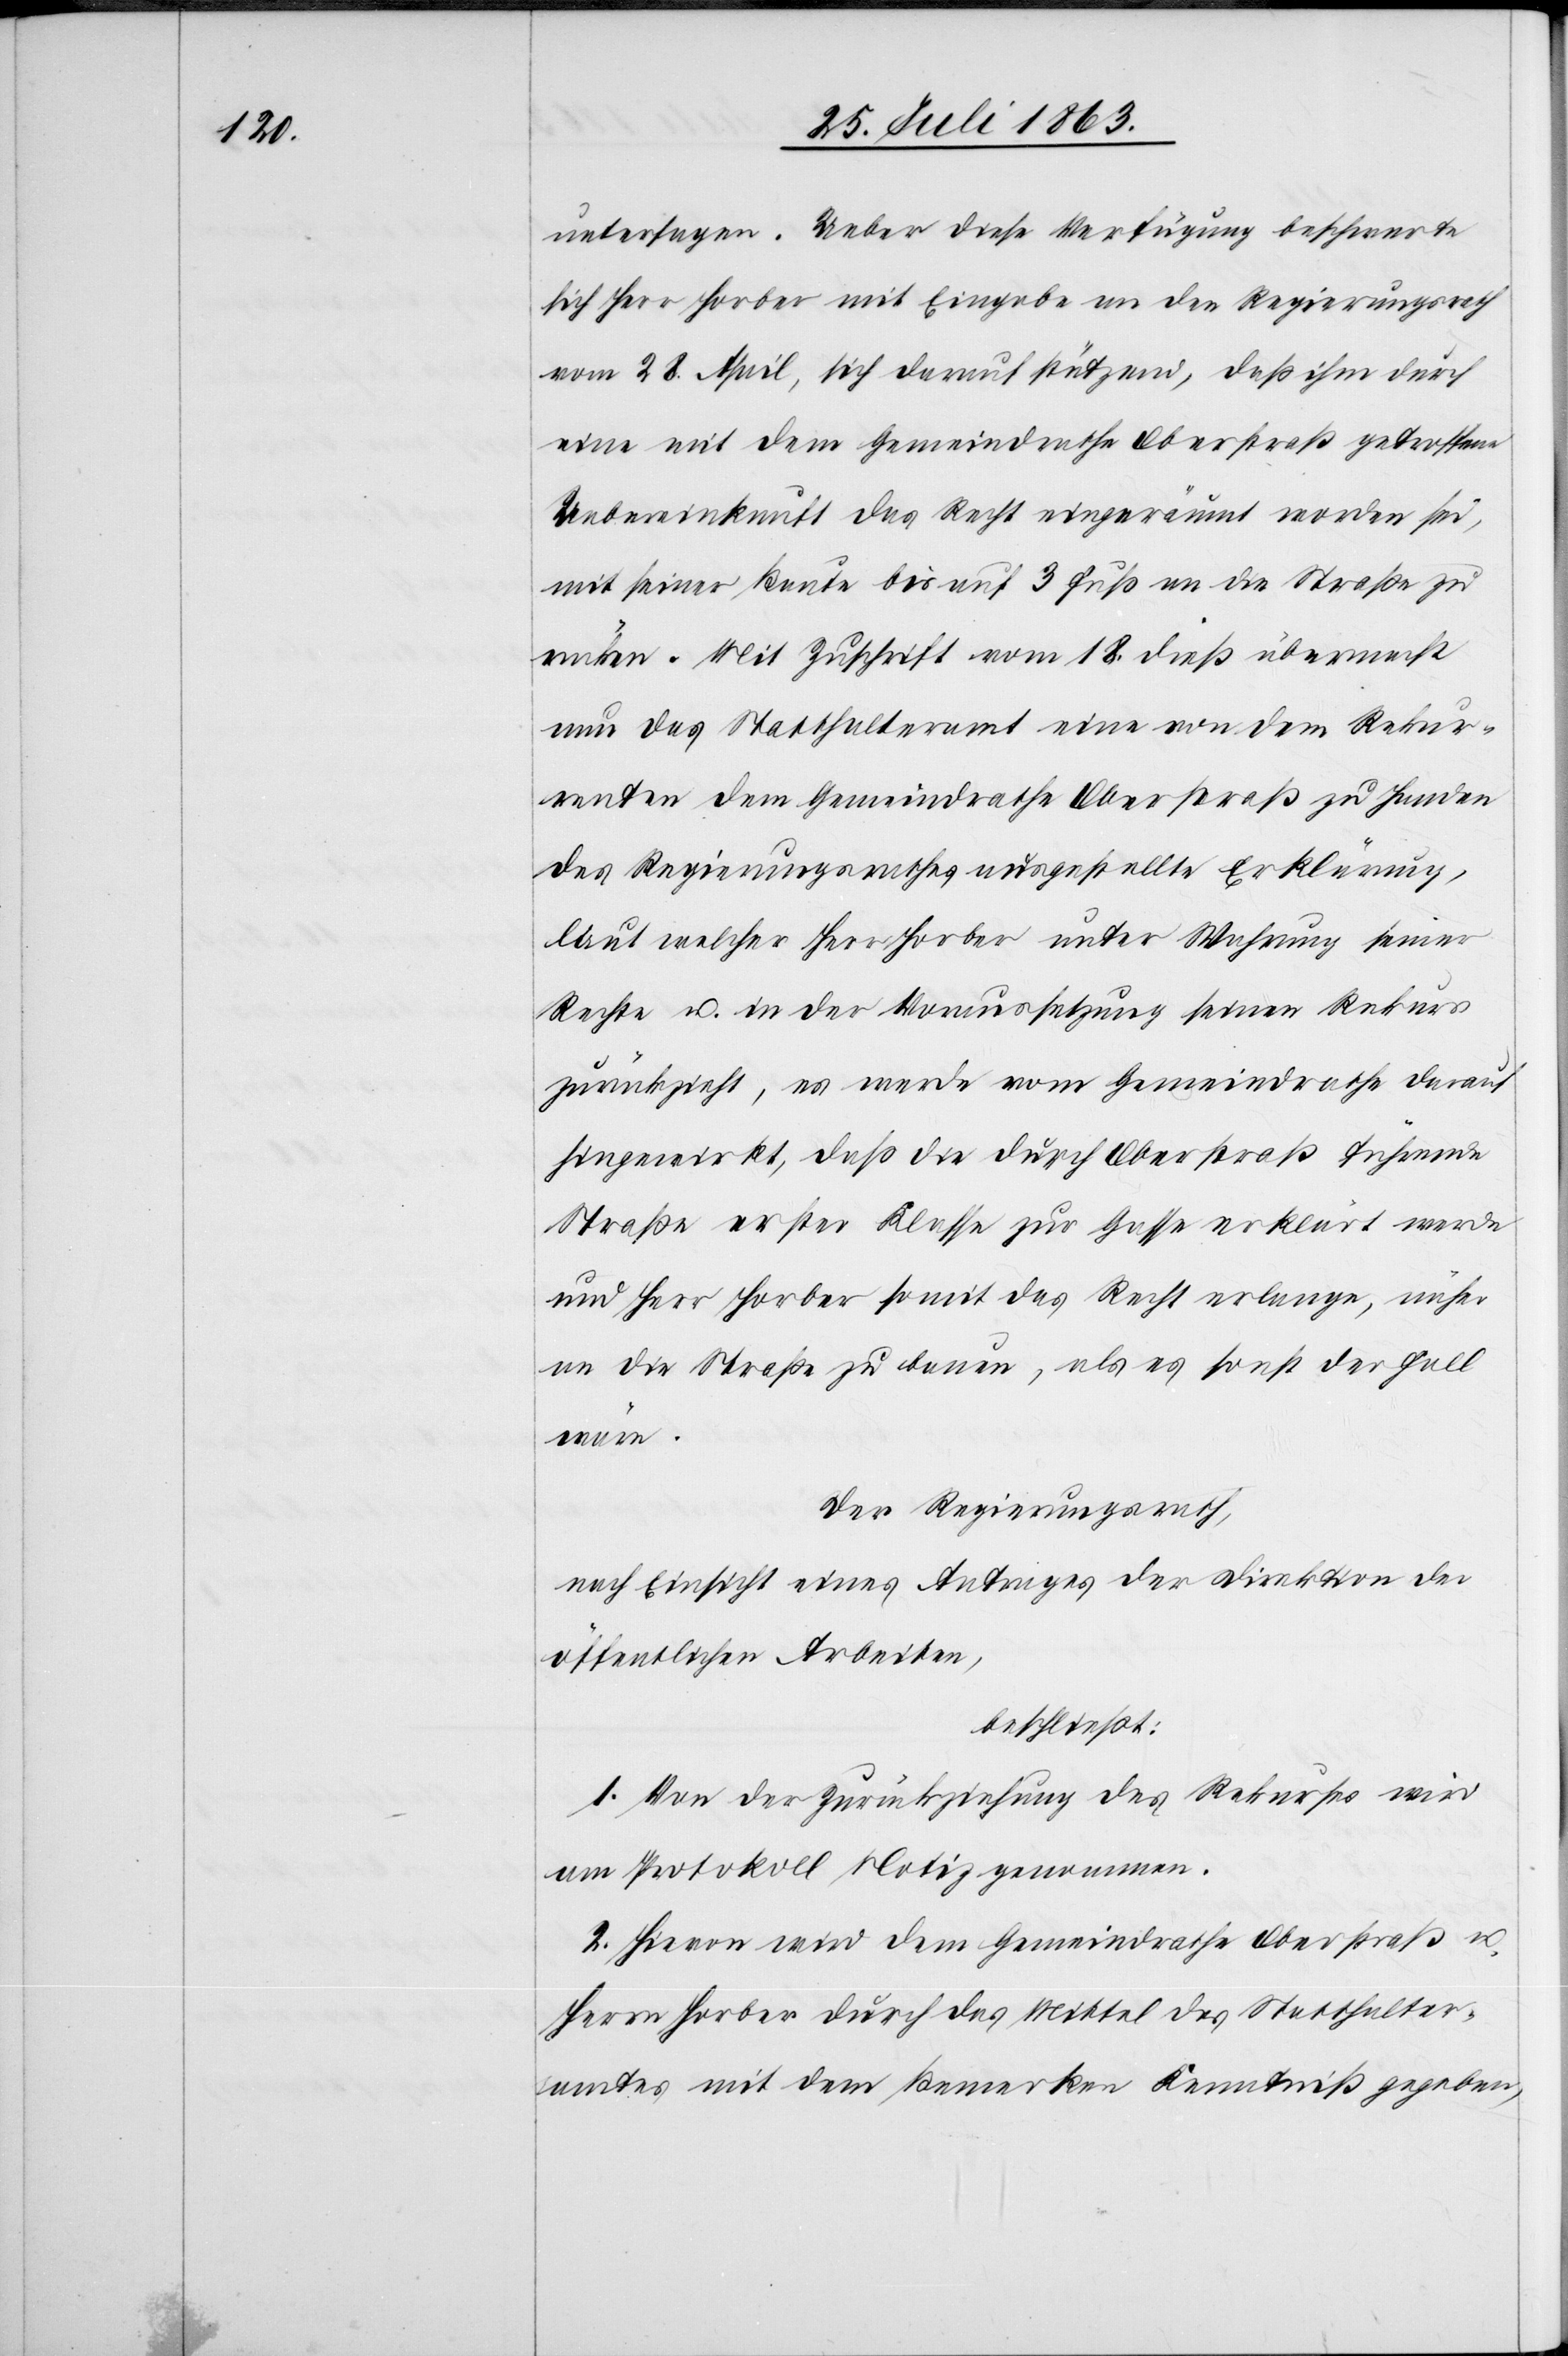
untersagen. Ueber diese Verfügung beschwerte
sich Herr Horber mit Eingabe an den Regierungsrath
vom 28. April, sich darauf stützend, daß ihm durch
eine mit dem Gemeindrathe Oberstraß getroffene
Uebereinkunft das Recht eingeräumt worden sei,
mit seiner Baute bis auf 3 Fuß an die Straße zu
rücken. Mit Zuschrift vom 18. dieß übermacht
nun das Statthalteramt eine von dem Rekur¬
renten dem Gemeindrathe Oberstraß zu Handen
des Regierungsrathes ausgestellte Erklärung,
laut welcher Herr Horber unter Wahrung seiner
Rechte u. in der Voraussetzung seinen Rekurs
zurückzieht, es werde vom Gemeindrathe darauf
hingewirkt, daß die durch Oberstraß führende
Straße erster Klasse zur Gasse erklärt werde
und Herr Horber somit das Recht erlange, näher
an die Straße zu bauen, als es sonst der Fall
wäre.
Der Regierungsrath,
nach Einsicht eines Antrages der Direktion der
öffentlichen Arbeiten,
beschließt:
1. Von der Zurückziehung des Rekurses wird
am Protokoll Notiz genommen.
2. Hievon wird dem Gemeindrathe Oberstraß u.
Herrn Horber durch das Mittel des Statthalter¬
amtes mit dem Bemerken Kenntniß gegeben,